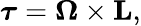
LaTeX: {\boldsymbol{\tau}}=\mathbf{\Omega}\times\mathbf{L},